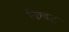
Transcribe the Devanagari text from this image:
विश्वज्ञ